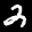
Label: 2